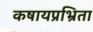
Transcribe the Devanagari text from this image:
कषायप्रभ्रिता